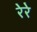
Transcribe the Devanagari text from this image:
रेरे